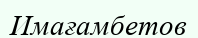
Имағамбетов